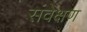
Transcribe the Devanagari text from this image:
संवेक्षण